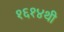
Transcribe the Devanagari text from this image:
१६१४थी